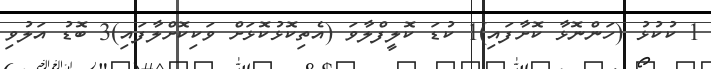
1 ކުކުޅު (ހަންނޮޅާ ކޮށާފައި)1 ކުޑަ ކޮލީފްލާވަ (އެތިކޮޅުކޮޅަށް ވަކިކޮށްލާފައި)3 ބޮޑު އަލުވި